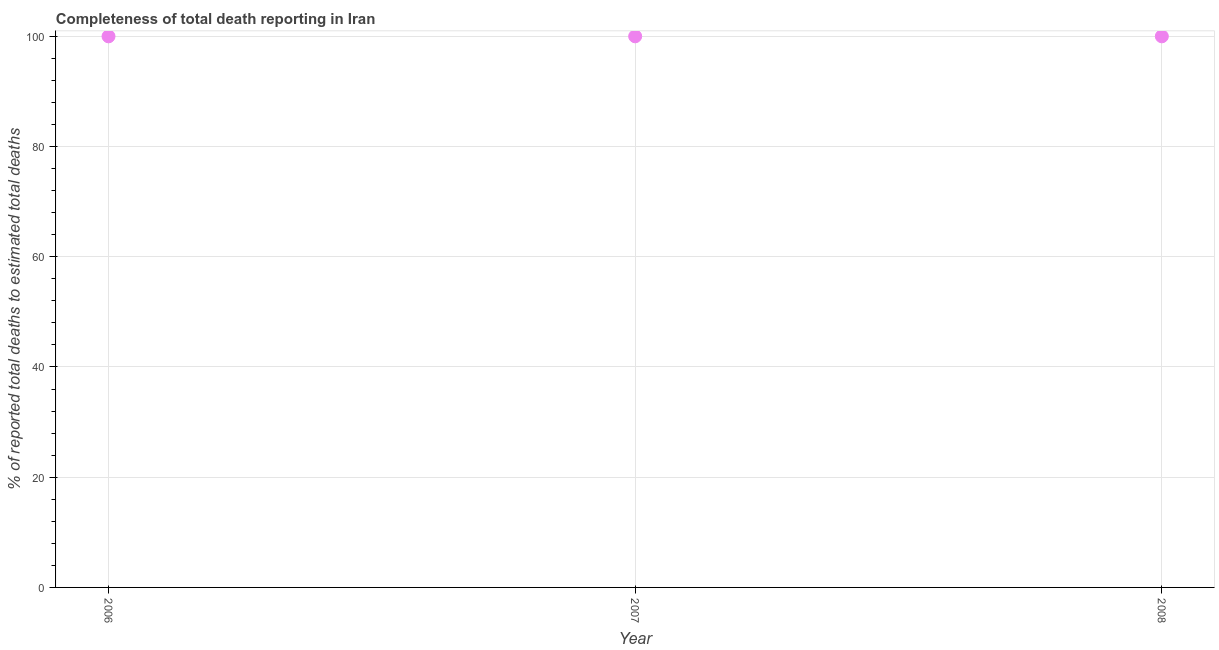
| Year | Completeness of total death reporting  |
 | --- | --- |
 | 2006 | 100 |
 | 2007 | 100 |
 | 2008 | 100 |